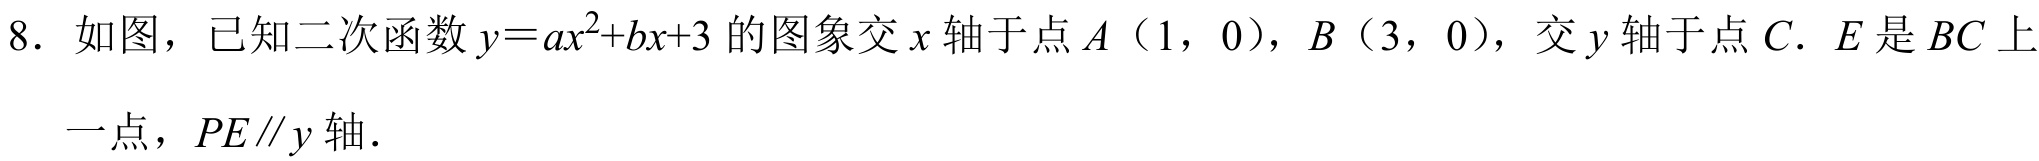
8. 如图，已知二次函数\(y = ax^{2}+bx + 3\)的图象交\(x\)轴于点\(A（1，0）\)，\(B（3，0）\)，交\(y\)轴于点\(C\). \(E\)是\(BC\)上
一点，\(PE\parallel y\)轴.